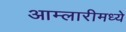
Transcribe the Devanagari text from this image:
आम्लारीमध्ये